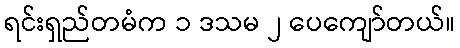
ရင်းရှည်တမံက ၁ ဒသမ ၂ ပေကျော်တယ်။